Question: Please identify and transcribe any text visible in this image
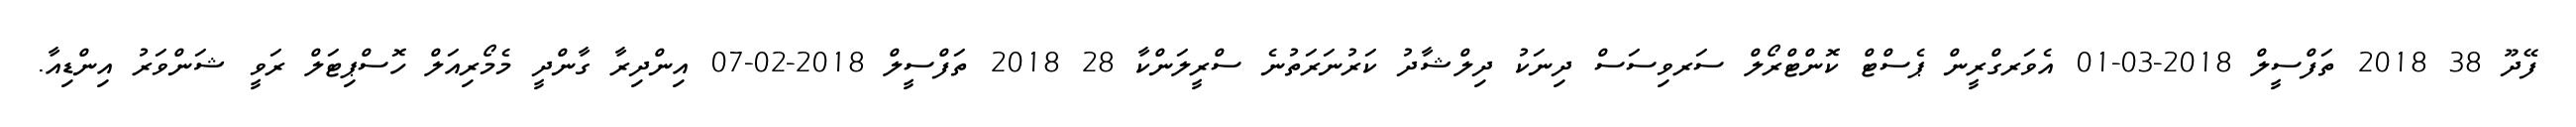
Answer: ފޭދޫ 38 2018 ތަފްސީލް 2018-03-01 އެވަރގްރީން ޕެސްޓް ކޮންޓްރޯލް ސަރވިސަސް ދިނަކު ދިލްޝާދު ކަރުނަރަތުނެ ސްރީލަންކާ 28 2018 ތަފްސީލް 2018-02-07 އިންދިރާ ގާންދީ މެމޯރިއަލް ހޮސްޕިޓަލް ރަވީ ޝަންވަރު އިންޑިއާ.